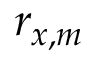
r _ { x , m }